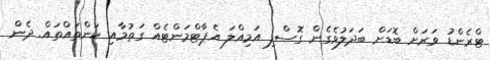
ޓްރެންޑު ވަރަށް ބޮޑަށް ބަދަލުވެގެން ގޮސްފި އަމިއްލަ އެޕާޓްމަންޓެއް ގަތުމާއި ކަންތައްތައް. ދެން